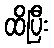
ထိပြီး